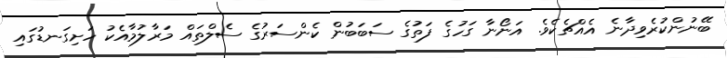
ބޭނުންކުރެވިދާނެ އެއްޗެކެވެ. އަނޯނާ ގަހުގެ ފަތުގެ ސަބަބުން ކެންސަރުގެ ސެލްތައް މަރާލުމާއެކު ހަށިގަނޑުގައި